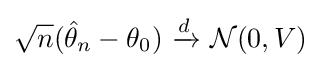
{\sqrt {n}}({\hat {\theta }}_{n}-\theta _{0})\ {\xrightarrow {d}}\ {\mathcal {N}}(0,V)